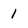
Character: 1